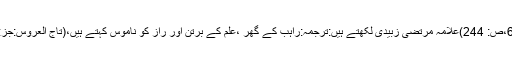
(لسان العرب:جلد 6،ص: 244)علامہ مرتضیٰ زبیدی لکھتے ہیں:ترجمہ:راہب کے گھر ،علم کے برتن اور راز کو ناموس کہتے ہیں،(تاج العروس:جز:16،ص:584)‘‘۔